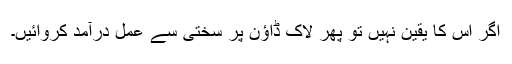
اگر اس کا یقین نہیں تو پھر لاک ڈاؤن پر سختی سے عمل درآمد کروائیں۔